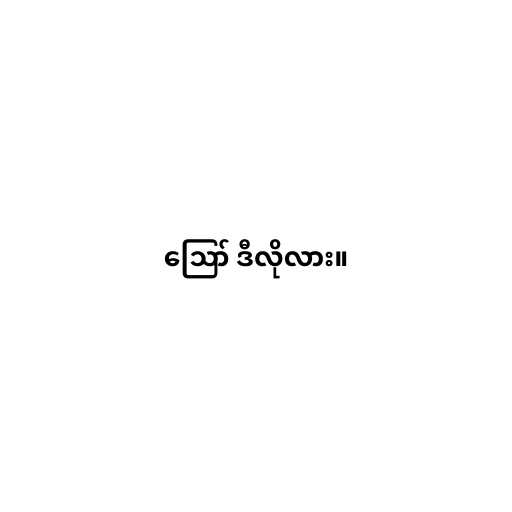
ဪ ဒီလိုလား။